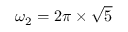
\omega _ { 2 } = 2 \pi \times \sqrt { 5 }